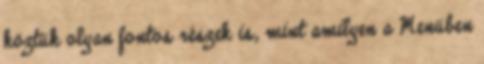
köztük olyan fontos részek is, mint amilyen a Menüben